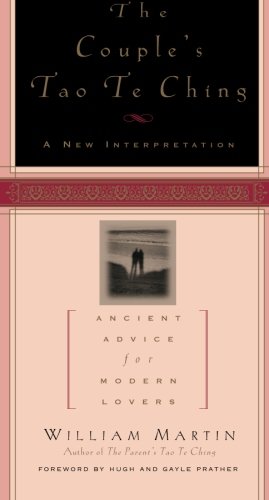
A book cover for The Couple's Tao Te Ching: Ancient Advice for Modern Lovers; William Martin; Parenting & Relationships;